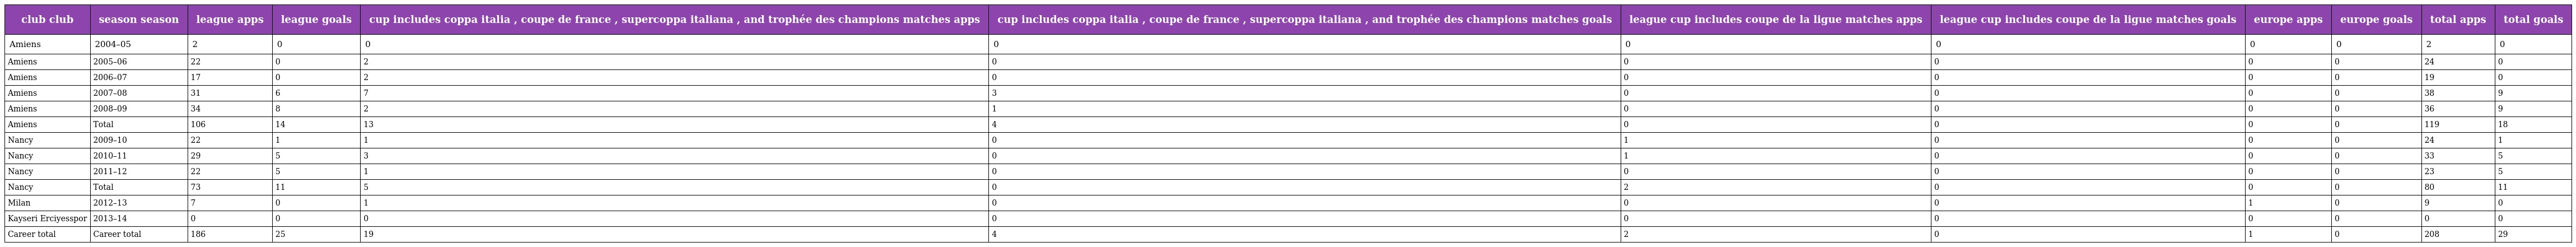
| club club | season season | league apps | league goals | cup includes coppa italia , coupe de france , supercoppa italiana , and trophée des champions matches apps | cup includes coppa italia , coupe de france , supercoppa italiana , and trophée des champions matches goals | league cup includes coupe de la ligue matches apps | league cup includes coupe de la ligue matches goals | europe apps | europe goals | total apps | total goals |
 | --- | --- | --- | --- | --- | --- | --- | --- | --- | --- | --- | --- |
 | Amiens | 2004–05 | 2 | 0 | 0 | 0 | 0 | 0 | 0 | 0 | 2 | 0 |
 | Amiens | 2005–06 | 22 | 0 | 2 | 0 | 0 | 0 | 0 | 0 | 24 | 0 |
 | Amiens | 2006–07 | 17 | 0 | 2 | 0 | 0 | 0 | 0 | 0 | 19 | 0 |
 | Amiens | 2007–08 | 31 | 6 | 7 | 3 | 0 | 0 | 0 | 0 | 38 | 9 |
 | Amiens | 2008–09 | 34 | 8 | 2 | 1 | 0 | 0 | 0 | 0 | 36 | 9 |
 | Amiens | Total | 106 | 14 | 13 | 4 | 0 | 0 | 0 | 0 | 119 | 18 |
 | Nancy | 2009–10 | 22 | 1 | 1 | 0 | 1 | 0 | 0 | 0 | 24 | 1 |
 | Nancy | 2010–11 | 29 | 5 | 3 | 0 | 1 | 0 | 0 | 0 | 33 | 5 |
 | Nancy | 2011–12 | 22 | 5 | 1 | 0 | 0 | 0 | 0 | 0 | 23 | 5 |
 | Nancy | Total | 73 | 11 | 5 | 0 | 2 | 0 | 0 | 0 | 80 | 11 |
 | Milan | 2012–13 | 7 | 0 | 1 | 0 | 0 | 0 | 1 | 0 | 9 | 0 |
 | Kayseri Erciyesspor | 2013–14 | 0 | 0 | 0 | 0 | 0 | 0 | 0 | 0 | 0 | 0 |
 | Career total | Career total | 186 | 25 | 19 | 4 | 2 | 0 | 1 | 0 | 208 | 29 |